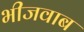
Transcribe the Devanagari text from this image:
भीजवाब